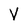
Character: V